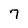
Character: 7